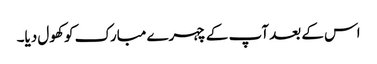
اس کے بعد آپ کے چہرے مبارک کو کھول دیا۔